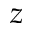
z